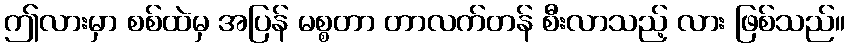
ဤလားမှာ စစ်ထဲမှ အပြန် မစ္စတာ တာလက်တန် စီးလာသည့် လား ဖြစ်သည်။